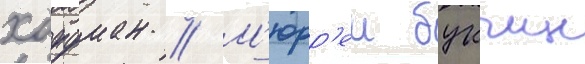
хоффман // М'юрр'еи букчин